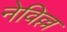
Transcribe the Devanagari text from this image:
नेविल्ल